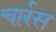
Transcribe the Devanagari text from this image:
चार्रस